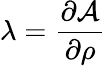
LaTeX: \lambda=\frac{\partial\mathcal{A}}{\partial\rho}